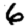
Digit: 6